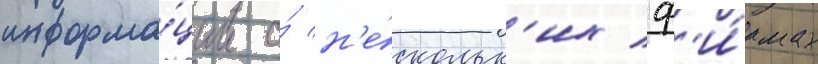
информа́ции о́ н'е́скольк'их ф'и́рмах